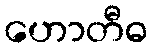
ဟောတီဓ